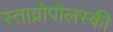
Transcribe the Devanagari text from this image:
स्ताव्रोपोलस्की